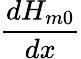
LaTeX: \frac{dH_{m0}}{dx}